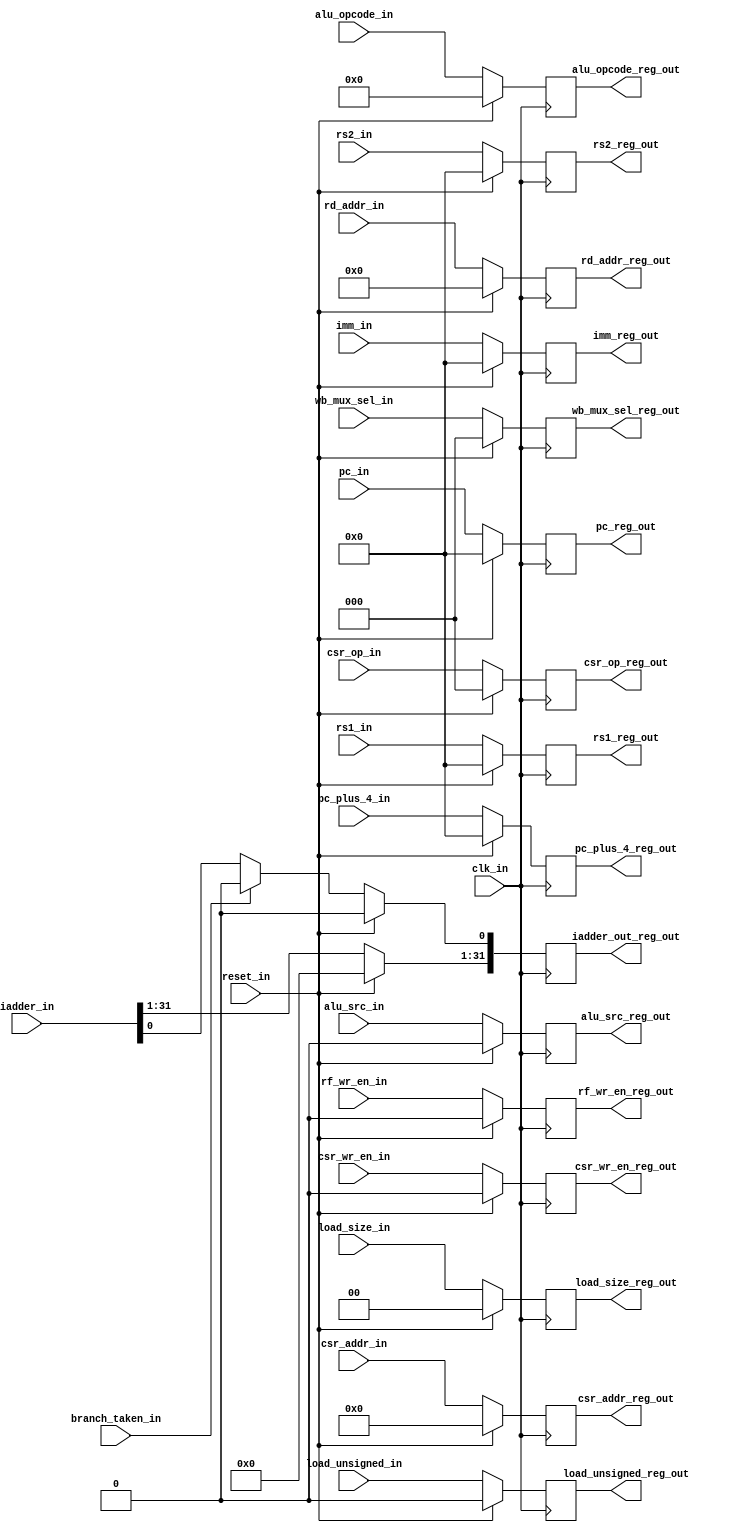
`timescale 1ns / 1ps
module  msrv32_reg_block_2(	
                           input [4:0]  rd_addr_in,
                           input [11:0] csr_addr_in,
                           input [31:0] rs1_in, rs2_in, pc_in, pc_plus_4_in, iadder_in, imm_in,
                           input [3:0]  alu_opcode_in,
                           input [1:0]  load_size_in,
                           input [2:0]  wb_mux_sel_in, csr_op_in,
                           input load_unsigned_in, alu_src_in, csr_wr_en_in, rf_wr_en_in, branch_taken_in, clk_in, reset_in,

                           output reg [4:0]  rd_addr_reg_out,
                           output reg [11:0] csr_addr_reg_out,
                           output reg [31:0] rs1_reg_out, rs2_reg_out, pc_reg_out, pc_plus_4_reg_out, iadder_out_reg_out, imm_reg_out,
                           output reg [3:0]  alu_opcode_reg_out,
                           output reg [1:0]  load_size_reg_out,
                           output reg [2:0]  wb_mux_sel_reg_out, csr_op_reg_out,
                           output reg load_unsigned_reg_out, alu_src_reg_out, csr_wr_en_reg_out, rf_wr_en_reg_out
                          );
      
   parameter BOOT_ADDRESS = 32'h00000000;
   parameter WB_ALU       = 3'b000;
   
   always @(posedge clk_in)
   begin
      if(reset_in)
      begin
         rd_addr_reg_out <= 5'b00000;
         csr_addr_reg_out <= 12'b000000000000;
         rs1_reg_out <= 32'h00000000;
         rs2_reg_out <= 32'h00000000;
         pc_reg_out <= BOOT_ADDRESS;   
         pc_plus_4_reg_out <= 32'h00000000;
         iadder_out_reg_out<= 32'h00000000;
         alu_opcode_reg_out <= 4'b0000;
         load_size_reg_out <= 2'b00;
         load_unsigned_reg_out <= 1'b0;
         alu_src_reg_out <= 1'b0;
         csr_wr_en_reg_out <= 1'b0;
         rf_wr_en_reg_out <= 1'b0;
         wb_mux_sel_reg_out <= WB_ALU;          
         csr_op_reg_out <= 3'b000;
         imm_reg_out <= 32'h00000000;
      end
      else
      begin
         rd_addr_reg_out <= rd_addr_in;
         csr_addr_reg_out <= csr_addr_in;
         rs1_reg_out <= rs1_in;
         rs2_reg_out <= rs2_in;
         pc_reg_out <= pc_in;
         pc_plus_4_reg_out <= pc_plus_4_in;
         iadder_out_reg_out[31:1] <= iadder_in[31:1];
         iadder_out_reg_out[0] <= branch_taken_in ? 1'b0 : iadder_in[0];
         alu_opcode_reg_out <= alu_opcode_in;
         load_size_reg_out <= load_size_in;
         load_unsigned_reg_out <= load_unsigned_in;
         alu_src_reg_out <= alu_src_in;
         csr_wr_en_reg_out <= csr_wr_en_in;
         rf_wr_en_reg_out <= rf_wr_en_in;
         wb_mux_sel_reg_out<= wb_mux_sel_in;
         csr_op_reg_out <= csr_op_in;
         imm_reg_out <= imm_in;
      end
   end

endmodule